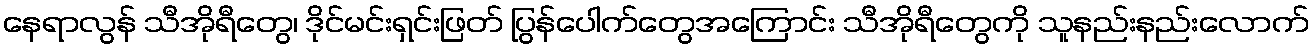
နေရာလွန် သီအိုရီတွေ၊ ဒိုင်မင်းရှင်းဖြတ် ပြွန်ပေါက်တွေအကြောင်း သီအိုရီတွေကို သူနည်းနည်းလောက်